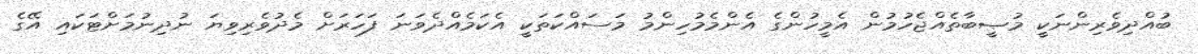
ބުއްދިވެރިންނަކީ މުޞީބާތެއްޖެހުމުން އެމީހުންގެ އެންމެމުހިންމު މަސައްކަތަކީ އެކަމެއްދެވަނަ ފަހަރަށް މެދުވެރިވިޔަ ނުދިނުމަށްޓަކައި އޭގެ